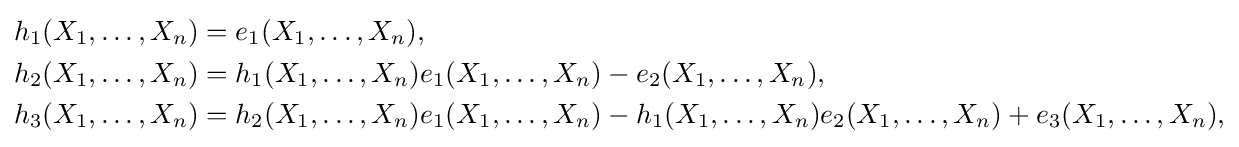
{\begin{aligned}h_{1}(X_{1},\ldots ,X_{n})&=e_{1}(X_{1},\ldots ,X_{n}),\\h_{2}(X_{1},\ldots ,X_{n})&=h_{1}(X_{1},\ldots ,X_{n})e_{1}(X_{1},\ldots ,X_{n})-e_{2}(X_{1},\ldots ,X_{n}),\\h_{3}(X_{1},\ldots ,X_{n})&=h_{2}(X_{1},\ldots ,X_{n})e_{1}(X_{1},\ldots ,X_{n})-h_{1}(X_{1},\ldots ,X_{n})e_{2}(X_{1},\ldots ,X_{n})+e_{3}(X_{1},\ldots ,X_{n}),\\\end{aligned}}